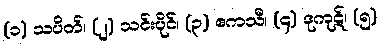
(၁) သပိတ်၊ (၂) သင်းပိုင်၊ (၃) ဧကသီ၊ (၄) ဒုကုဋ်၊ (၅)